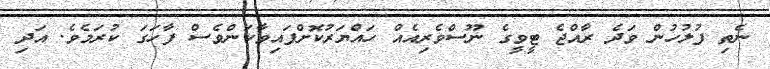
ނެތި ފުލުހުން ވަދެ ރާއްޖެ ޓީވީގެ ނޫސްވެރިއެއް ހައްޔަރުކޮށްފައިވާކަންވެސް ފާހަގަ ކުރަމެވެ. އަދި